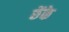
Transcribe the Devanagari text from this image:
छेंके